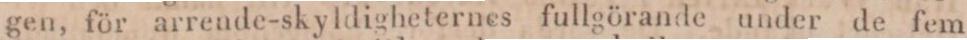
gen, för arrende-skyldigheternes fullgörande under de fem